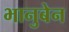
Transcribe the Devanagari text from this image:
भानुबेन